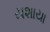
યશાયા